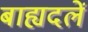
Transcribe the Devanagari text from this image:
बाह्यदलें